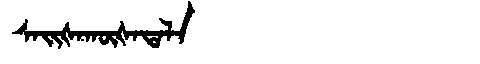
Manchu: ᠰᠠᡳᡧᠠᡴᡡᡧᠠᡨᠠᠯᠠ
Romanization: SAIŠAKŪŠATALA